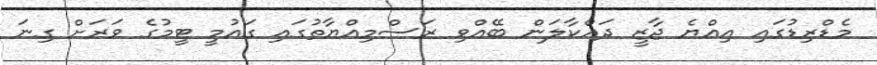
މެޑްރިޑުގައި އިއްޔެ ޖާޒީ ދައްކާލަން ބޭއްވި ރަސްމިއްޔާތުގައި ގައުމީ ޓީމުގެ ވަރަށް ގިނަ